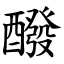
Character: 醱